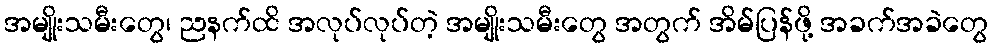
အမျိုးသမီးတွေ၊ ညနက်ထိ အလုပ်လုပ်တဲ့ အမျိုးသမီးတွေ အတွက် အိမ်ပြန်ဖို့ အခက်အခဲတွေ